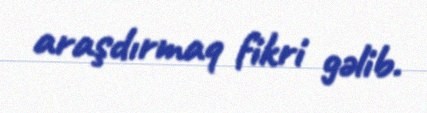
araşdırmaq fikri gəlib.